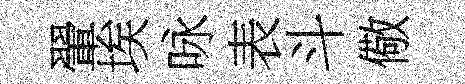
翬埃咏表斗儆